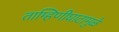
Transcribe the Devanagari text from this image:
ताम्हिणीघाटामुळे